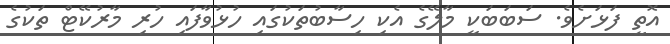
އޮތީ ފަޅަށެވެ. ސަބަބަކީ މާލޭގެ އެކި ހިސާބުތަކުގައި ހުޅުވާފައި ހުރި މާރުކޭޓް ތަކުގެ